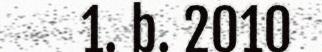
1. b. 2010